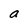
Character: a